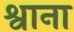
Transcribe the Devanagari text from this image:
श्वाना